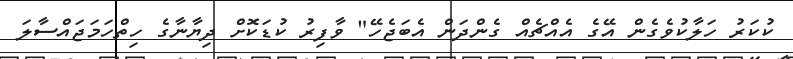
ކުކަރު ހަލާކުވެގެން އޭގެ އެއްޗެއް ގެންދަން އެބަޖެހޭ" ވާފިރު ކުޑަކޮށް ދިޔާނާގެ ހިތްހަމަޖައްސާލަ